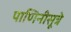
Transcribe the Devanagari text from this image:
पाणिनीसूत्रे